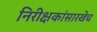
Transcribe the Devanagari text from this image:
निरीक्षकांसारखेच